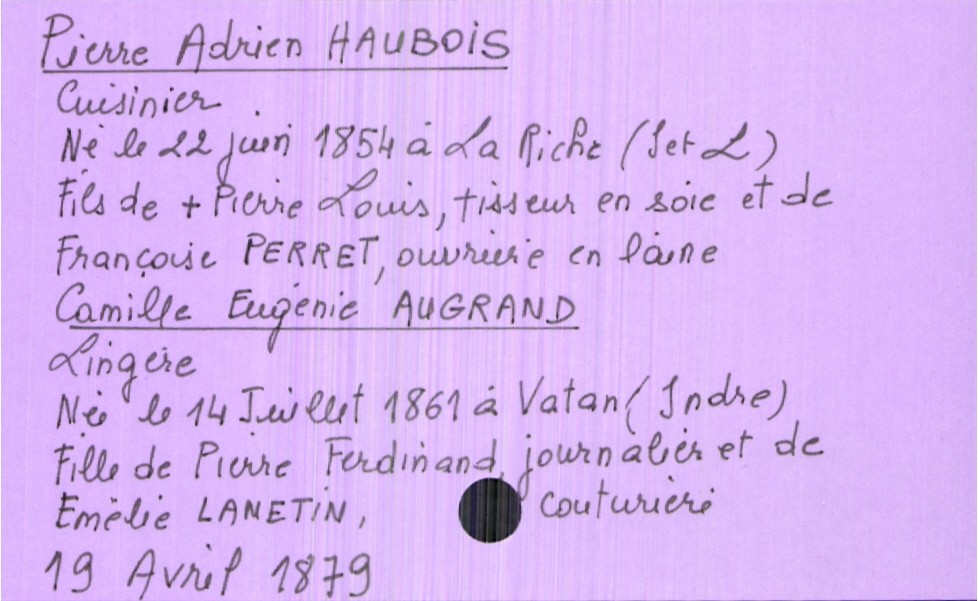
type_acte: Mariage
année: 1879
mois: avril
jour: 19
marié_nom: Haubois
marié_prénom: Pierre Adrien
marié_profession: cuisinier
marié_date_de_naissance: 22 juin 1854
marié_lieu_de_naissance: La Riche
père_marié_nom: Haubois
père_marié_prénom: Pierre Louis
père_marié_profession: tisseur en soie
père_marié_statut: décédé
mère_marié_nom: Perret
mère_marié_prénom: Françoise
mère_marié_profession: ouvrière en laine
mariée_nom: Augrand
mariée_prénom: Camille Eugénie
mariée_profession: lingère
mariée_date_de_naissance: 14 juillet 1861
mariée_lieu_de_naissance: Vatan (Indre)
père_mariée_nom: Augrand
père_mariée_prénom: Pierre Ferdinand
père_mariée_profession: journalier
mère_mariée_nom: Lanetin
mère_mariée_prénom: Emèlie
mère_mariée_profession: couturière